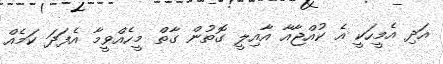
އަދި އެމީހަކީ އެ ކުއްޖާއާ އާއިލީ ގޮތުން ގާތް މީހެއްވީމާ އެފަދަ ކަމެއް